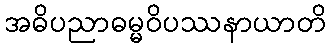
အဓိပညာဓမ္မဝိပဿနာယာတိ